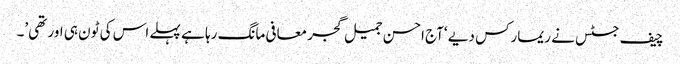
چیف جسٹس نے ریمارکس دیے ‘آج احسن جمیل گجر معافی مانگ رہا ہے پہلے اس کی ٹون ہی اور تھی’۔